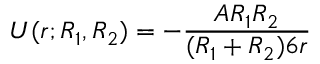
\ U ( r ; R _ { 1 } , R _ { 2 } ) = - { \frac { A R _ { 1 } R _ { 2 } } { ( R _ { 1 } + R _ { 2 } ) 6 r } }